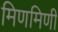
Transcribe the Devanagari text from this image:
मिणमिणी